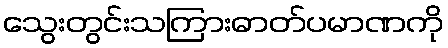
သွေးတွင်းသကြားဓာတ်ပမာဏကို